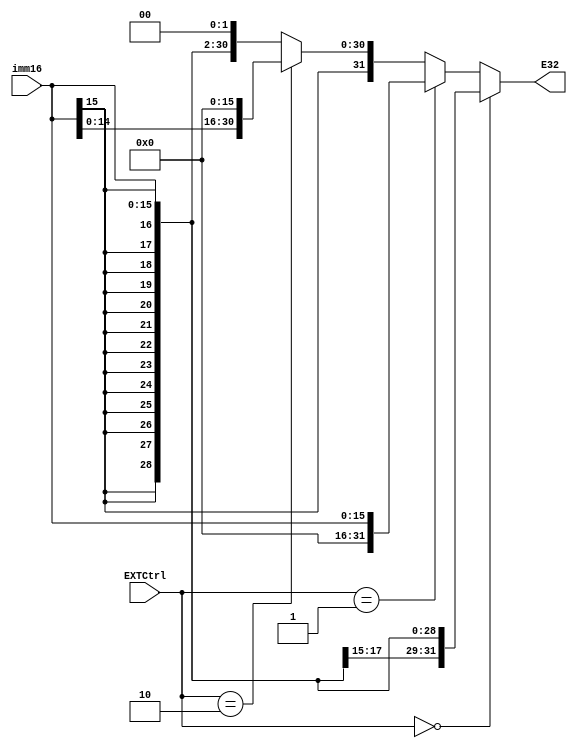
module EXT (
    //input
    input [15:0] imm16,
    input [2:0] EXTCtrl,
    //output
    output [31:0] E32
);
    assign E32 = (EXTCtrl == 3'b000) ? {{16{imm16[15]}},imm16} :
                (EXTCtrl == 3'b001) ? {{16{1'b0}},imm16} :
                (EXTCtrl == 3'b010) ? {imm16,{16{1'b0}}} :
                {{14{imm16[15]}},imm16,{2{1'b0}}};
                
endmodule